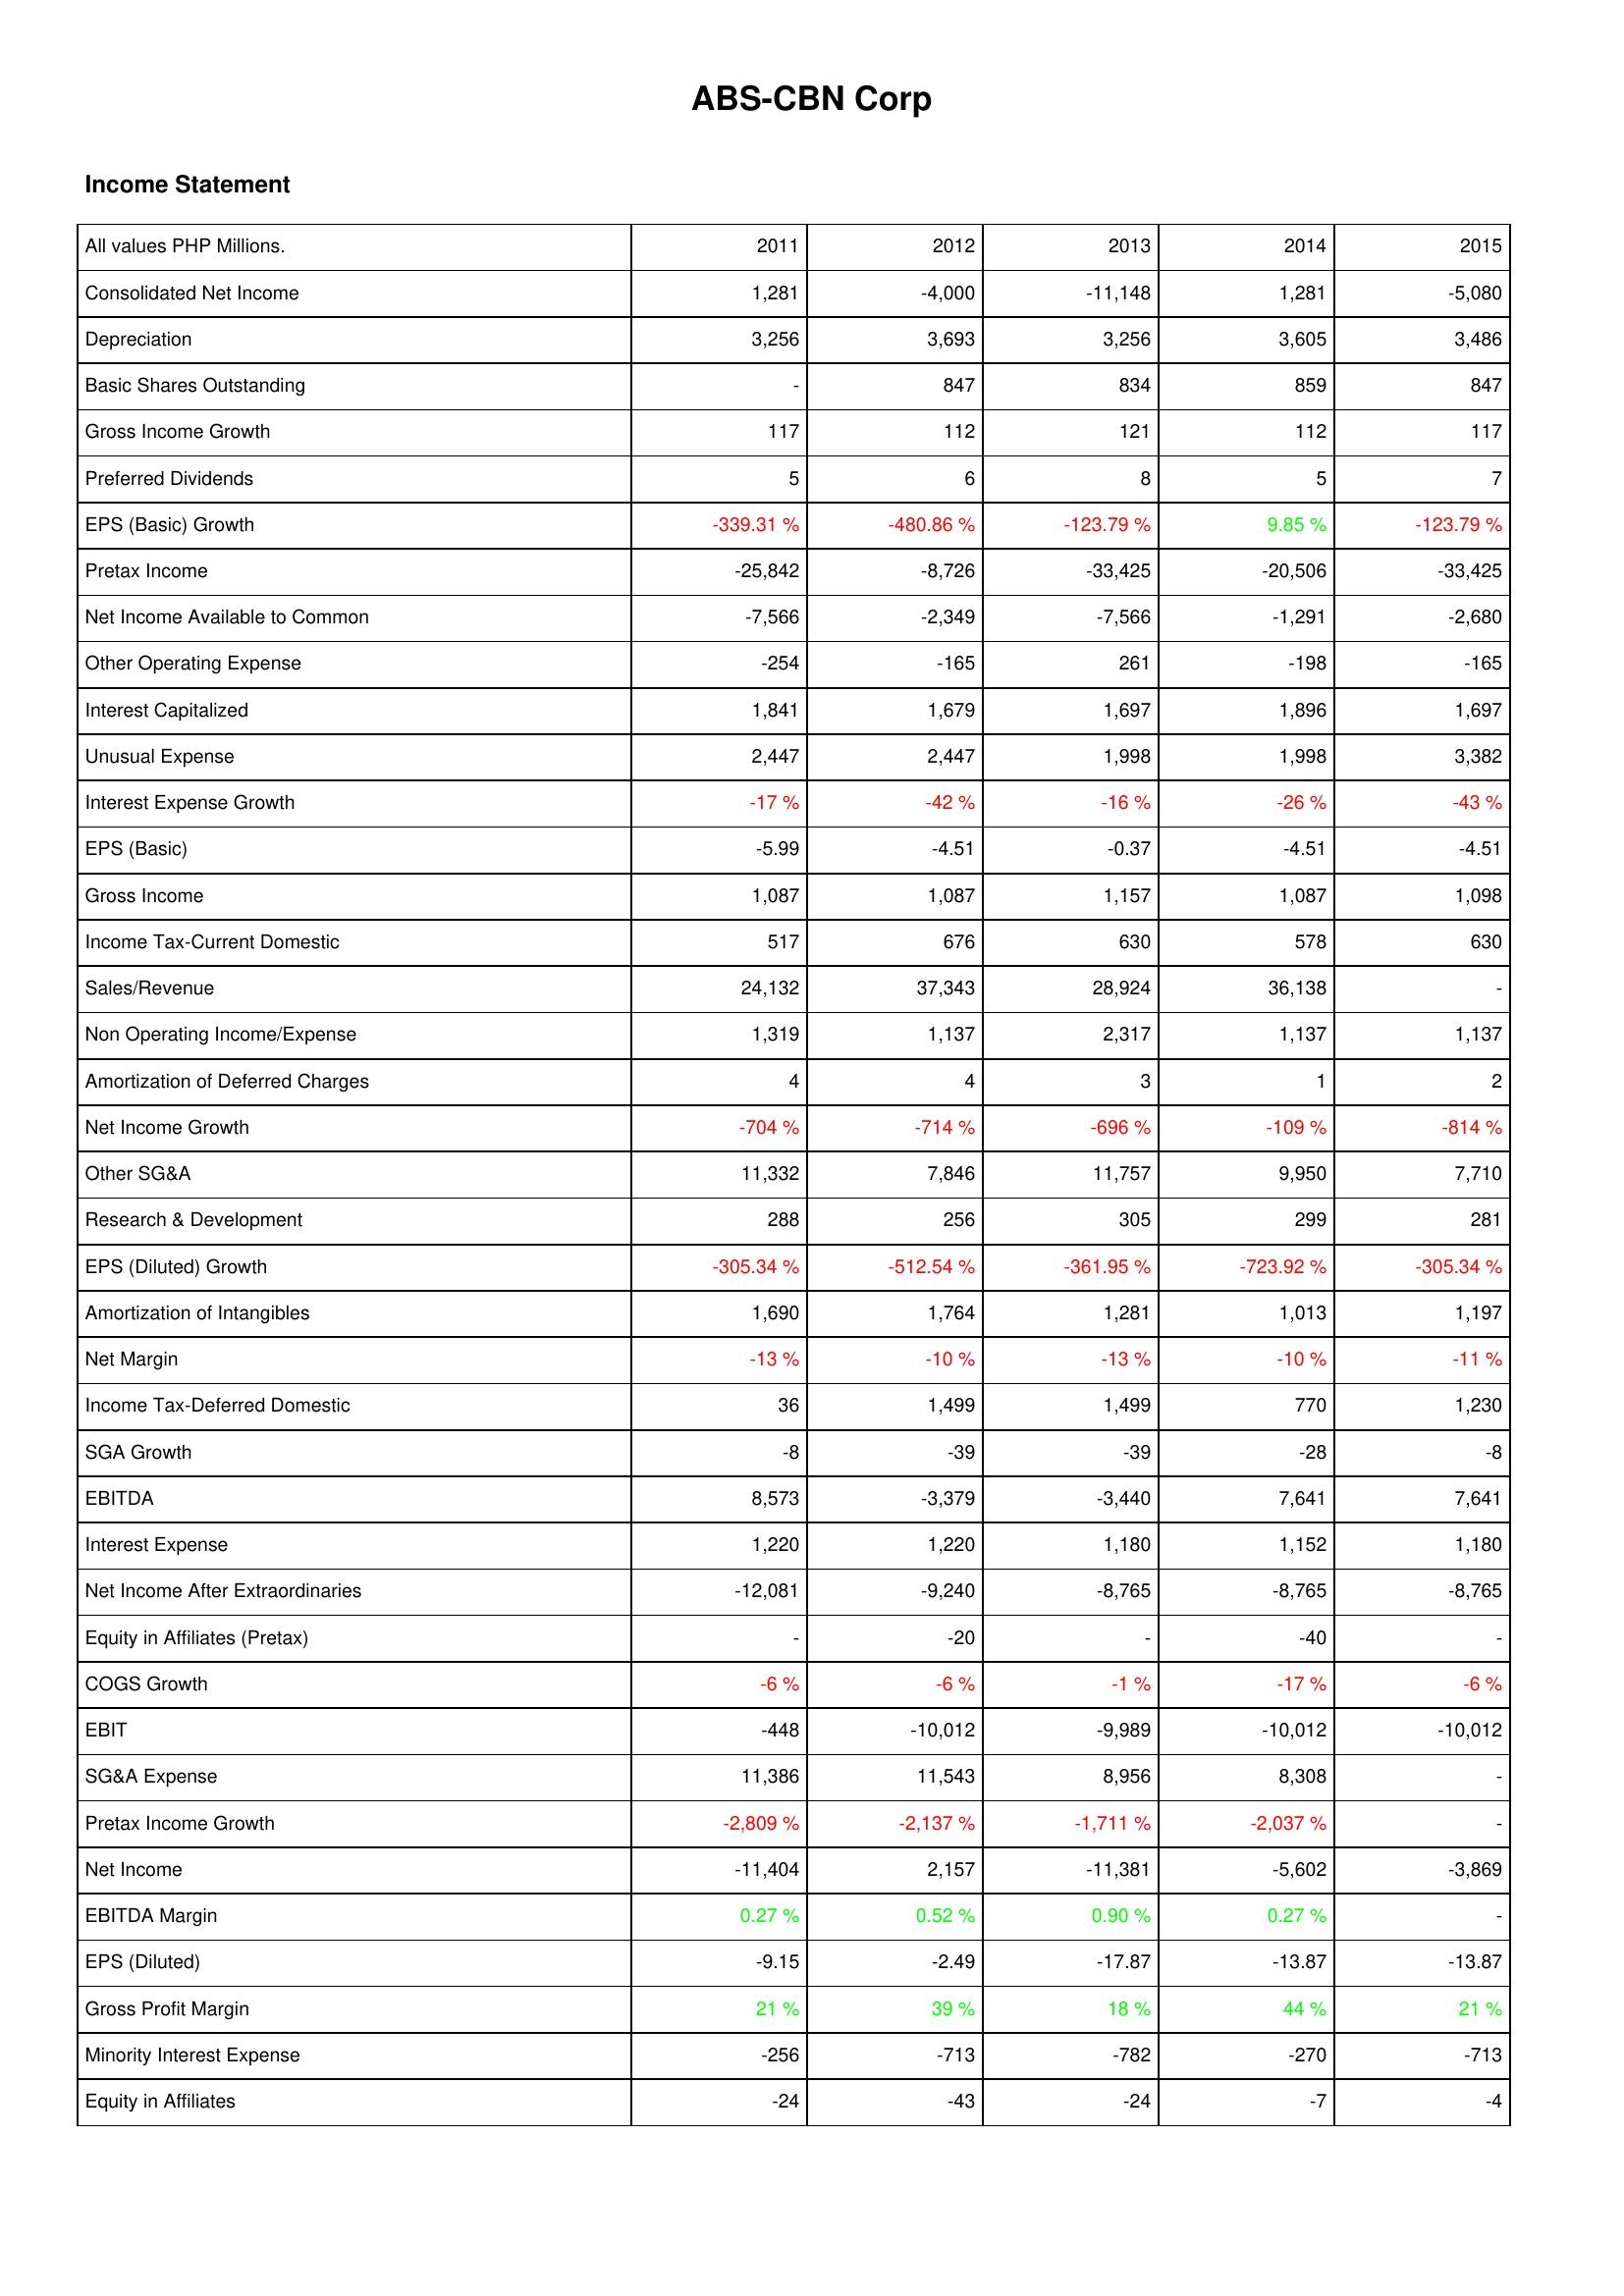
2011: Income Statement: Consolidated Net Income: 1,281
Depreciation: 3,256
Basic Shares Outstanding: -
Gross Income Growth: 117
Preferred Dividends: 5
EPS (Basic) Growth: -339.31 %
Pretax Income: -25,842
Net Income Available to Common: -7,566
Other Operating Expense: -254
Interest Capitalized: 1,841
Unusual Expense: 2,447
Interest Expense Growth: -17 %
EPS (Basic): -5.99
Gross Income: 1,087
Income Tax-Current Domestic: 517
Sales/Revenue: 24,132
Non Operating Income/Expense: 1,319
Amortization of Deferred Charges: 4
Net Income Growth: -704 %
Other SG&A: 11,332
Research & Development: 288
EPS (Diluted) Growth: -305.34 %
Amortization of Intangibles: 1,690
Net Margin: -13 %
Income Tax-Deferred Domestic: 36
SGA Growth: -8
EBITDA: 8,573
Interest Expense: 1,220
Net Income After Extraordinaries: -12,081
Equity in Affiliates (Pretax): -
COGS Growth: -6 %
EBIT: -448
SG&A Expense: 11,386
Pretax Income Growth: -2,809 %
Net Income: -11,404
EBITDA Margin: 0.27 %
EPS (Diluted): -9.15
Gross Profit Margin: 21 %
Minority Interest Expense: -256
Equity in Affiliates: -24
2012: Income Statement: Consolidated Net Income: -4,000
Depreciation: 3,693
Basic Shares Outstanding: 847
Gross Income Growth: 112
Preferred Dividends: 6
EPS (Basic) Growth: -480.86 %
Pretax Income: -8,726
Net Income Available to Common: -2,349
Other Operating Expense: -165
Interest Capitalized: 1,679
Unusual Expense: 2,447
Interest Expense Growth: -42 %
EPS (Basic): -4.51
Gross Income: 1,087
Income Tax-Current Domestic: 676
Sales/Revenue: 37,343
Non Operating Income/Expense: 1,137
Amortization of Deferred Charges: 4
Net Income Growth: -714 %
Other SG&A: 7,846
Research & Development: 256
EPS (Diluted) Growth: -512.54 %
Amortization of Intangibles: 1,764
Net Margin: -10 %
Income Tax-Deferred Domestic: 1,499
SGA Growth: -39
EBITDA: -3,379
Interest Expense: 1,220
Net Income After Extraordinaries: -9,240
Equity in Affiliates (Pretax): -20
COGS Growth: -6 %
EBIT: -10,012
SG&A Expense: 11,543
Pretax Income Growth: -2,137 %
Net Income: 2,157
EBITDA Margin: 0.52 %
EPS (Diluted): -2.49
Gross Profit Margin: 39 %
Minority Interest Expense: -713
Equity in Affiliates: -43
2013: Income Statement: Consolidated Net Income: -11,148
Depreciation: 3,256
Basic Shares Outstanding: 834
Gross Income Growth: 121
Preferred Dividends: 8
EPS (Basic) Growth: -123.79 %
Pretax Income: -33,425
Net Income Available to Common: -7,566
Other Operating Expense: 261
Interest Capitalized: 1,697
Unusual Expense: 1,998
Interest Expense Growth: -16 %
EPS (Basic): -0.37
Gross Income: 1,157
Income Tax-Current Domestic: 630
Sales/Revenue: 28,924
Non Operating Income/Expense: 2,317
Amortization of Deferred Charges: 3
Net Income Growth: -696 %
Other SG&A: 11,757
Research & Development: 305
EPS (Diluted) Growth: -361.95 %
Amortization of Intangibles: 1,281
Net Margin: -13 %
Income Tax-Deferred Domestic: 1,499
SGA Growth: -39
EBITDA: -3,440
Interest Expense: 1,180
Net Income After Extraordinaries: -8,765
Equity in Affiliates (Pretax): -
COGS Growth: -1 %
EBIT: -9,989
SG&A Expense: 8,956
Pretax Income Growth: -1,711 %
Net Income: -11,381
EBITDA Margin: 0.90 %
EPS (Diluted): -17.87
Gross Profit Margin: 18 %
Minority Interest Expense: -782
Equity in Affiliates: -24
2014: Income Statement: Consolidated Net Income: 1,281
Depreciation: 3,605
Basic Shares Outstanding: 859
Gross Income Growth: 112
Preferred Dividends: 5
EPS (Basic) Growth: 9.85 %
Pretax Income: -20,506
Net Income Available to Common: -1,291
Other Operating Expense: -198
Interest Capitalized: 1,896
Unusual Expense: 1,998
Interest Expense Growth: -26 %
EPS (Basic): -4.51
Gross Income: 1,087
Income Tax-Current Domestic: 578
Sales/Revenue: 36,138
Non Operating Income/Expense: 1,137
Amortization of Deferred Charges: 1
Net Income Growth: -109 %
Other SG&A: 9,950
Research & Development: 299
EPS (Diluted) Growth: -723.92 %
Amortization of Intangibles: 1,013
Net Margin: -10 %
Income Tax-Deferred Domestic: 770
SGA Growth: -28
EBITDA: 7,641
Interest Expense: 1,152
Net Income After Extraordinaries: -8,765
Equity in Affiliates (Pretax): -40
COGS Growth: -17 %
EBIT: -10,012
SG&A Expense: 8,308
Pretax Income Growth: -2,037 %
Net Income: -5,602
EBITDA Margin: 0.27 %
EPS (Diluted): -13.87
Gross Profit Margin: 44 %
Minority Interest Expense: -270
Equity in Affiliates: -7
2015: Income Statement: Consolidated Net Income: -5,080
Depreciation: 3,486
Basic Shares Outstanding: 847
Gross Income Growth: 117
Preferred Dividends: 7
EPS (Basic) Growth: -123.79 %
Pretax Income: -33,425
Net Income Available to Common: -2,680
Other Operating Expense: -165
Interest Capitalized: 1,697
Unusual Expense: 3,382
Interest Expense Growth: -43 %
EPS (Basic): -4.51
Gross Income: 1,098
Income Tax-Current Domestic: 630
Sales/Revenue: -
Non Operating Income/Expense: 1,137
Amortization of Deferred Charges: 2
Net Income Growth: -814 %
Other SG&A: 7,710
Research & Development: 281
EPS (Diluted) Growth: -305.34 %
Amortization of Intangibles: 1,197
Net Margin: -11 %
Income Tax-Deferred Domestic: 1,230
SGA Growth: -8
EBITDA: 7,641
Interest Expense: 1,180
Net Income After Extraordinaries: -8,765
Equity in Affiliates (Pretax): -
COGS Growth: -6 %
EBIT: -10,012
SG&A Expense: -
Pretax Income Growth: -
Net Income: -3,869
EBITDA Margin: -
EPS (Diluted): -13.87
Gross Profit Margin: 21 %
Minority Interest Expense: -713
Equity in Affiliates: -4